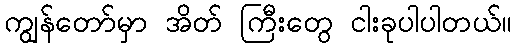
ကျွန်တော်မှာ အိတ် ကြီးတွေ ငါးခုပါပါတယ်။